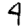
Digit: 4